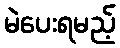
မဲပေးရမည့်